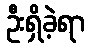
ဦးရှိခဲ့ရာ